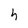
Character: h